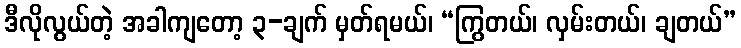
ဒီလိုလွယ်တဲ့ အခါကျတော့ ၃-ချက် မှတ်ရမယ်၊ “ကြွတယ်၊ လှမ်းတယ်၊ ချတယ်”